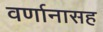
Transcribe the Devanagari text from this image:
वर्णानासह